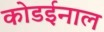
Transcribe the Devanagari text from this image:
कोडईनाल